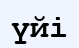
үйі